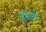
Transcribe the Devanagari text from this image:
बैप्तिस्ते